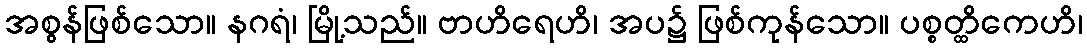
အစွန်ဖြစ်သော။ နဂရံ၊ မြို့သည်။ ဗာဟိရေဟိ၊ အပ၌ ဖြစ်ကုန်သော။ ပစ္စတ္ထိကေဟိ၊